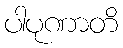
ပါပုဏာတိ